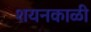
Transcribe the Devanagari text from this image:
शयनकाळी